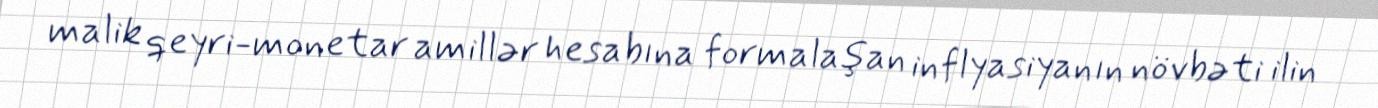
malik qeyri-monetar amillər hesabına formalaşan inflyasiyanın növbəti ilin